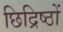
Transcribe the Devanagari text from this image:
छिद्रिष्ठों